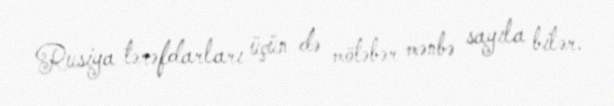
Rusiya tərəfdarları üçün də mötəbər mənbə sayıla bilər.